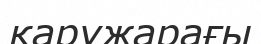
қаружарағы